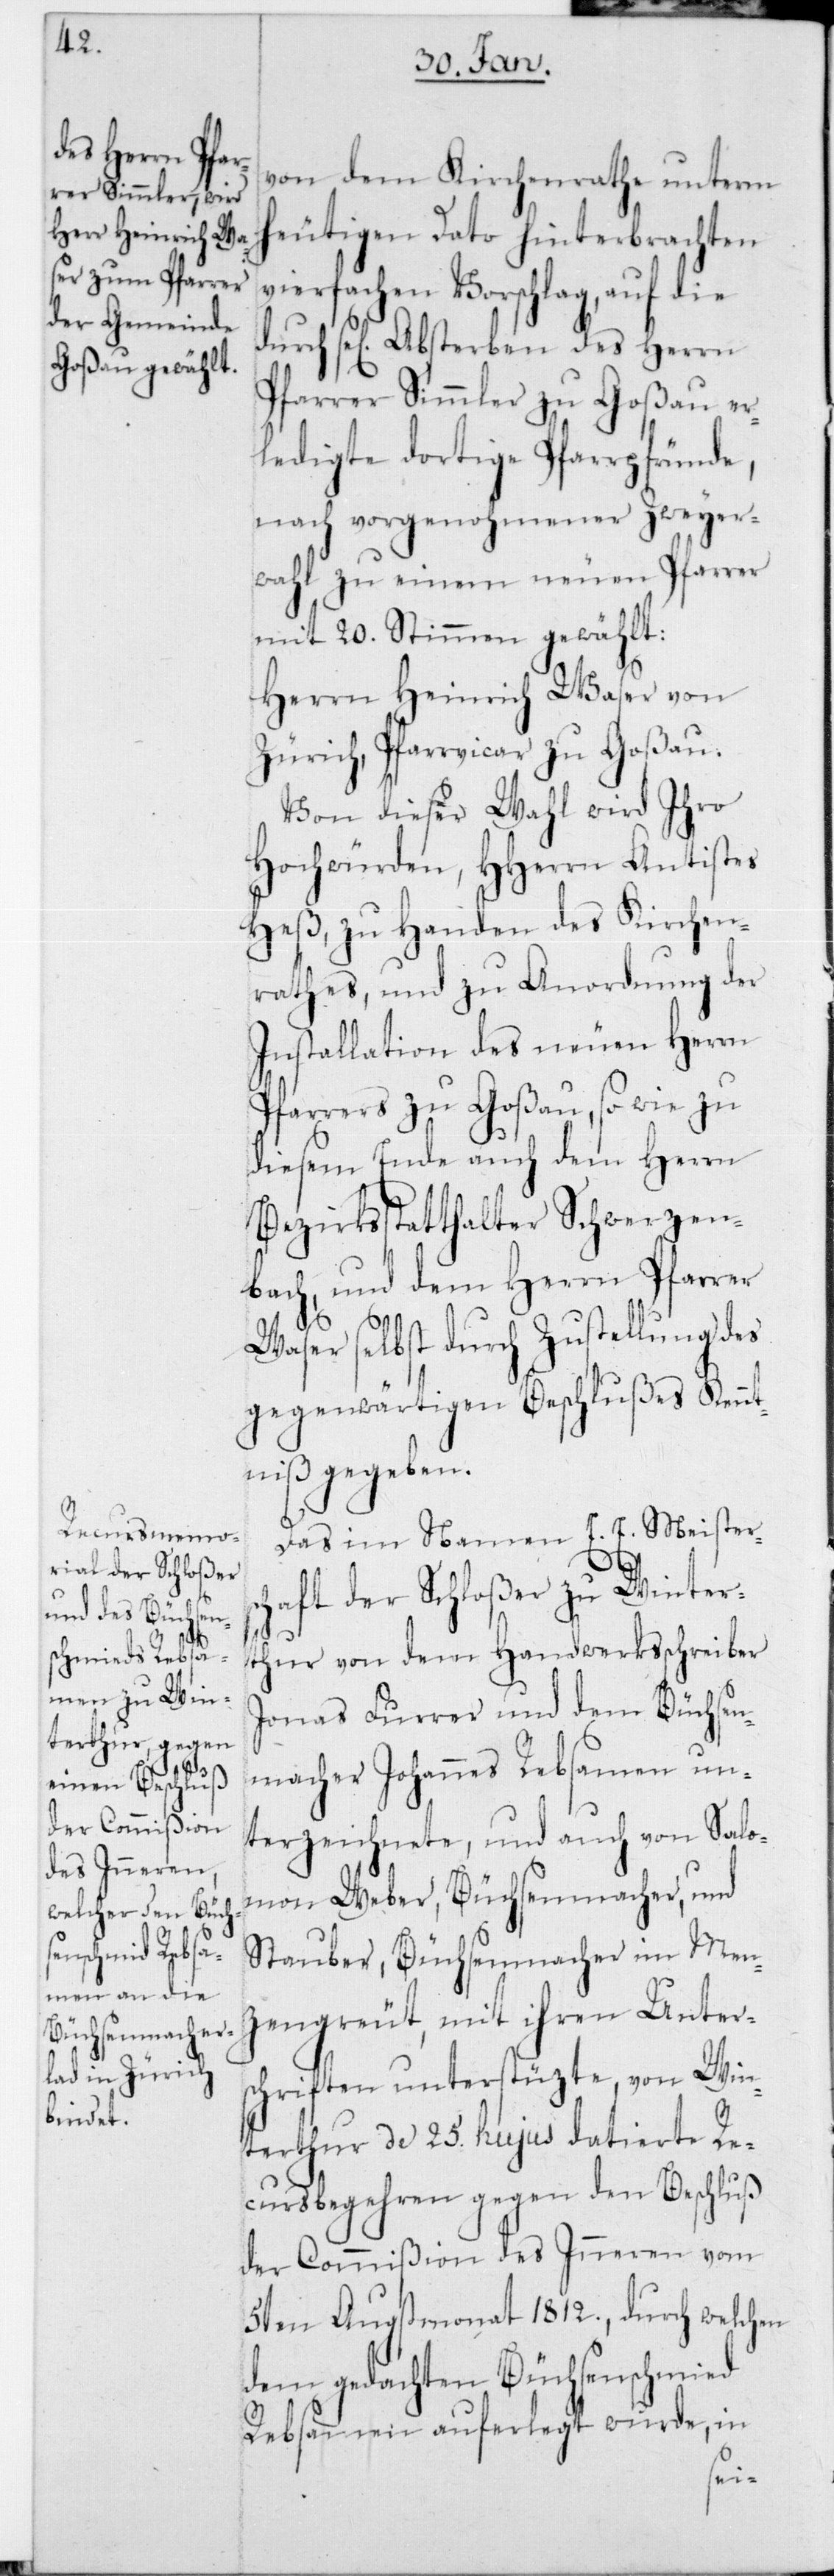
von dem Kirchenrathe unterm
heutigen Dato hinterbrachten
vierfachen Vorschlag, auf die
durch sel. Absterben des Herrn
Pfarrer Simmler zu Goßau er¬
ledigte dortige Pfarrpfründe,
nach vorgenohmener Zweyer¬
wahl zu einem neuen Pfarrer
mit 20 Stimmen gewählt:
Herrn Heinrich Waser von
Zürich, Pfarrvicar zu Goßau.
Von dieser Wahl wird Ihro
Hochwürden, HHerrn Antistes
Heß, zu Handen des Kirchen¬
rathes, und zu Anordnung der
Installation des neuen Herrn
Pfarrers zu Goßau, sowie zu
diesem Ende auch dem Herrn
Bezirksstatthalter Schwerzen¬
bach, und dem Herrn Pfarrer
Waser selbst durch Zustellung des
gegenwärtigen Beschlußes Kennt¬
niß gegeben.
Das im Namen E. E. Meisters¬
chaft der Schloßer zu Winter¬
thur von dem Handwerksschreiber
Jonas Furrer und dem Büchsen¬
macher Johannes Rebsamen un¬
terzeichnete, und auch von Salo¬
mon Weber, Büchsenmacher, und
Stauber, Büchsenmacher im Men¬
zengrüt; mit ihren Unters¬
chriften unterstüzte, von Win¬
terthur de 25. hujus datierte Re¬
cursbegehren gegen den Beschluß
der Commißion des Innern vom
5ten Augstmonat 1812, durch welchen
dem gedachten Büchsenschmied
Rebsamen auferlegt wurde, in